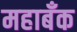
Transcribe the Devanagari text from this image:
महाबँक